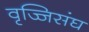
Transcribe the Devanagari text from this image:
वृज्जिसंघ